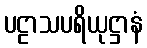
ပဠာသပရိယုဋ္ဌာနံ